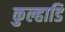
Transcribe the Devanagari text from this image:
कुल्हाडि